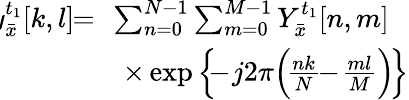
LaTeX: \begin{array}{rl}{\! \! y_{\bar{x}}^{{t_{1}}}[k,l]\! \! =}&{\! \! \sum_{n=0}^{N-1}\sum_{m=0}^{M-1}Y_{\bar{x}}^{{t_{1}}}[n,m]}\\ &{\times\exp\Big\{ \! \! \! -\! j2\pi\Big(\! \frac{{nk}}{N}\! \! -\! \frac{{ml}}{M}\Big)\! \Big\} }\end{array}